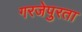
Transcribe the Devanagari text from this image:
गरजेपुरता